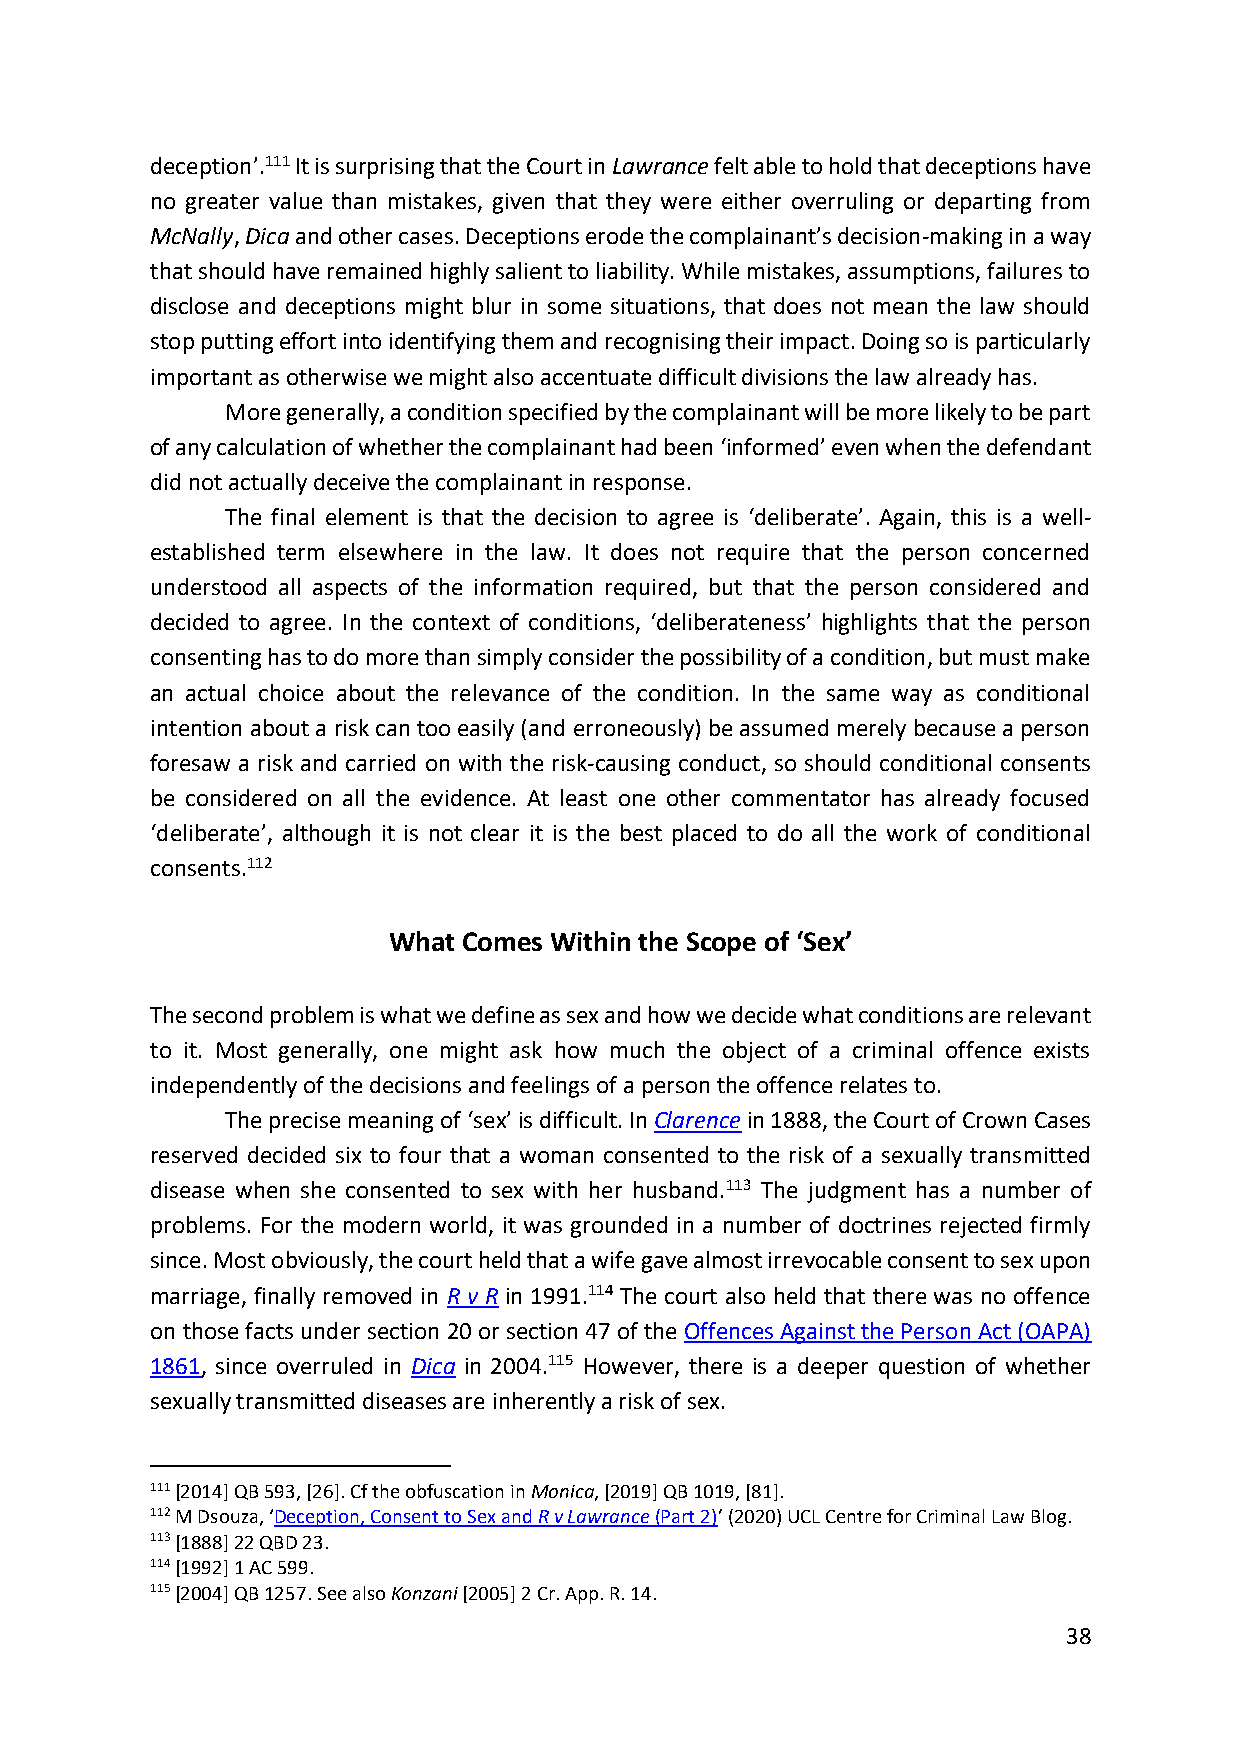
deception’.111 It is surprising that the Court in Lawrance felt able to hold that deceptions have
 no greater value than mistakes, given that they were either overruling or departing from
 McNally, Dica and other cases. Deceptions erode the complainant’s decision-making in a way
 that should have remained highly salient to liability. While mistakes, assumptions, failures to
 disclose and deceptions might blur in some situations, that does not mean the law should
 stop putting effort into identifying them and recognising their impact. Doing so is particularly
 important as otherwise we might also accentuate difficult divisions the law already has.
 More generally, a condition specified by the complainant will be more likely to be part
 of any calculation of whether the complainant had been ‘informed’ even when the defendant
 did not actually deceive the complainant in response.
 The final element is that the decision to agree is ‘deliberate’. Again, this is a well-
 established term elsewhere in the law. It does not require that the person concerned
 understood all aspects of the information required, but that the person considered and
 decided to agree. In the context of conditions, ‘deliberateness’ highlights that the person
 consenting has to do more than simply consider the possibility of a condition, but must make
 an actual choice about the relevance of the condition. In the same way as conditional
 intention about a risk can too easily (and erroneously) be assumed merely because a person
 foresaw a risk and carried on with the risk-causing conduct, so should conditional consents
 be considered on all the evidence. At least one other commentator has already focused
 ‘deliberate’, although it is not clear it is the best placed to do all the work of conditional
 consents.112
 What Comes Within the Scope of ‘Sex’
 The second problem is what we define as sex and how we decide what conditions are relevant
 to it. Most generally, one might ask how much the object of a criminal offence exists
 independently of the decisions and feelings of a person the offence relates to.
 The precise meaning of ‘sex’ is difficult. In Clarence in 1888, the Court of Crown Cases
 reserved decided six to four that a woman consented to the risk of a sexually transmitted
 disease when she consented to sex with her husband.113 The judgment has a number of
 problems. For the modern world, it was grounded in a number of doctrines rejected firmly
 since. Most obviously, the court held that a wife gave almost irrevocable consent to sex upon
 marriage, finally removed in R v R in 1991.114 The court also held that there was no offence
 on those facts under section 20 or section 47 of the Offences Against the Person Act (OAPA)
 1861, since overruled in Dica in 2004.115 However, there is a deeper question of whether
 sexually transmitted diseases are inherently a risk of sex.
 111 [2014] QB 593, [26]. Cf the obfuscation in Monica, [2019] QB 1019, [81].
 112 M Dsouza, ‘Deception, Consent to Sex and R v Lawrance (Part 2)’ (2020) UCL Centre for Criminal Law Blog.
 113 [1888] 22 QBD 23.
 114 [1992] 1 AC 599.
 115 [2004] QB 1257. See also Konzani [2005] 2 Cr. App. R. 14.
 38